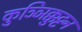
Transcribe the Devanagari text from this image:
कुञ्ञिक्कुट्टन